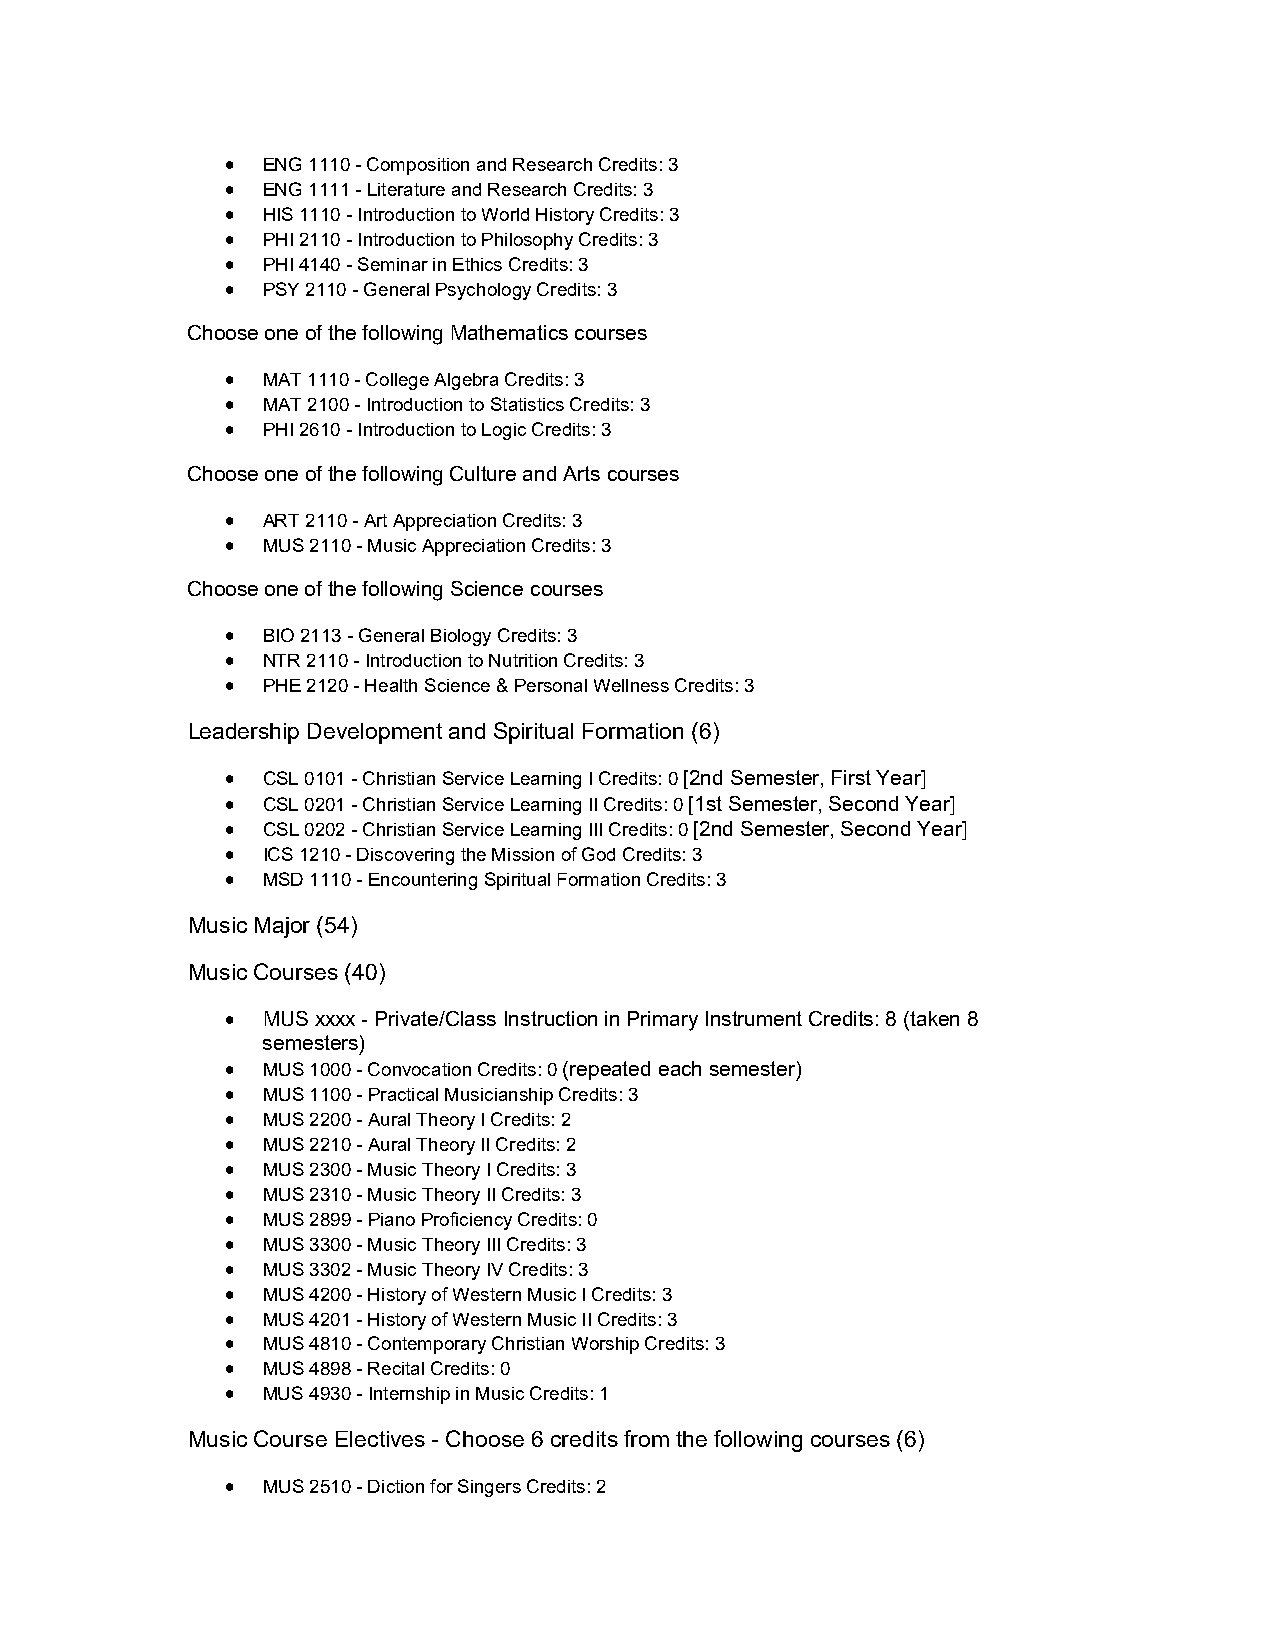
 ENG 1110 - Composition and Research Credits: 3
  ENG 1111 - Literature and Research Credits: 3
  HIS 1110 - Introduction to World History Credits: 3
  PHI 2110 - Introduction to Philosophy Credits: 3
  PHI 4140 - Seminar in Ethics Credits: 3
  PSY 2110 - General Psychology Credits: 3
 Choose one of the following Mathematics courses
  MAT 1110 - College Algebra Credits: 3
  MAT 2100 - Introduction to Statistics Credits: 3
  PHI 2610 - Introduction to Logic Credits: 3
 Choose one of the following Culture and Arts courses
  ART 2110 - Art Appreciation Credits: 3
  MUS 2110 - Music Appreciation Credits: 3
 Choose one of the following Science courses
  BIO 2113 - General Biology Credits: 3
  NTR 2110 - Introduction to Nutrition Credits: 3
  PHE 2120 - Health Science & Personal Wellness Credits: 3
 Leadership Development and Spiritual Formation (6)
  CSL 0101 - Christian Service Learning I Credits: 0 [2nd Semester, First Year]
  CSL 0201 - Christian Service Learning II Credits: 0 [1st Semester, Second Year]
  CSL 0202 - Christian Service Learning III Credits: 0 [2nd Semester, Second Year]
  ICS 1210 - Discovering the Mission of God Credits: 3
  MSD 1110 - Encountering Spiritual Formation Credits: 3
 Music Major (54)
 Music Courses (40)
  MUS xxxx - Private/Class Instruction in Primary Instrument Credits: 8 (taken 8
 semesters)
  MUS 1000 - Convocation Credits: 0 (repeated each semester)
  MUS 1100 - Practical Musicianship Credits: 3
  MUS 2200 - Aural Theory I Credits: 2
  MUS 2210 - Aural Theory II Credits: 2
  MUS 2300 - Music Theory I Credits: 3
  MUS 2310 - Music Theory II Credits: 3
  MUS 2899 - Piano Proficiency Credits: 0
  MUS 3300 - Music Theory III Credits: 3
  MUS 3302 - Music Theory IV Credits: 3
  MUS 4200 - History of Western Music I Credits: 3
  MUS 4201 - History of Western Music II Credits: 3
  MUS 4810 - Contemporary Christian Worship Credits: 3
  MUS 4898 - Recital Credits: 0
  MUS 4930 - Internship in Music Credits: 1
 Music Course Electives - Choose 6 credits from the following courses (6)
  MUS 2510 - Diction for Singers Credits: 2